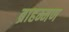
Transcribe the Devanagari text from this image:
ब्राहम्मण